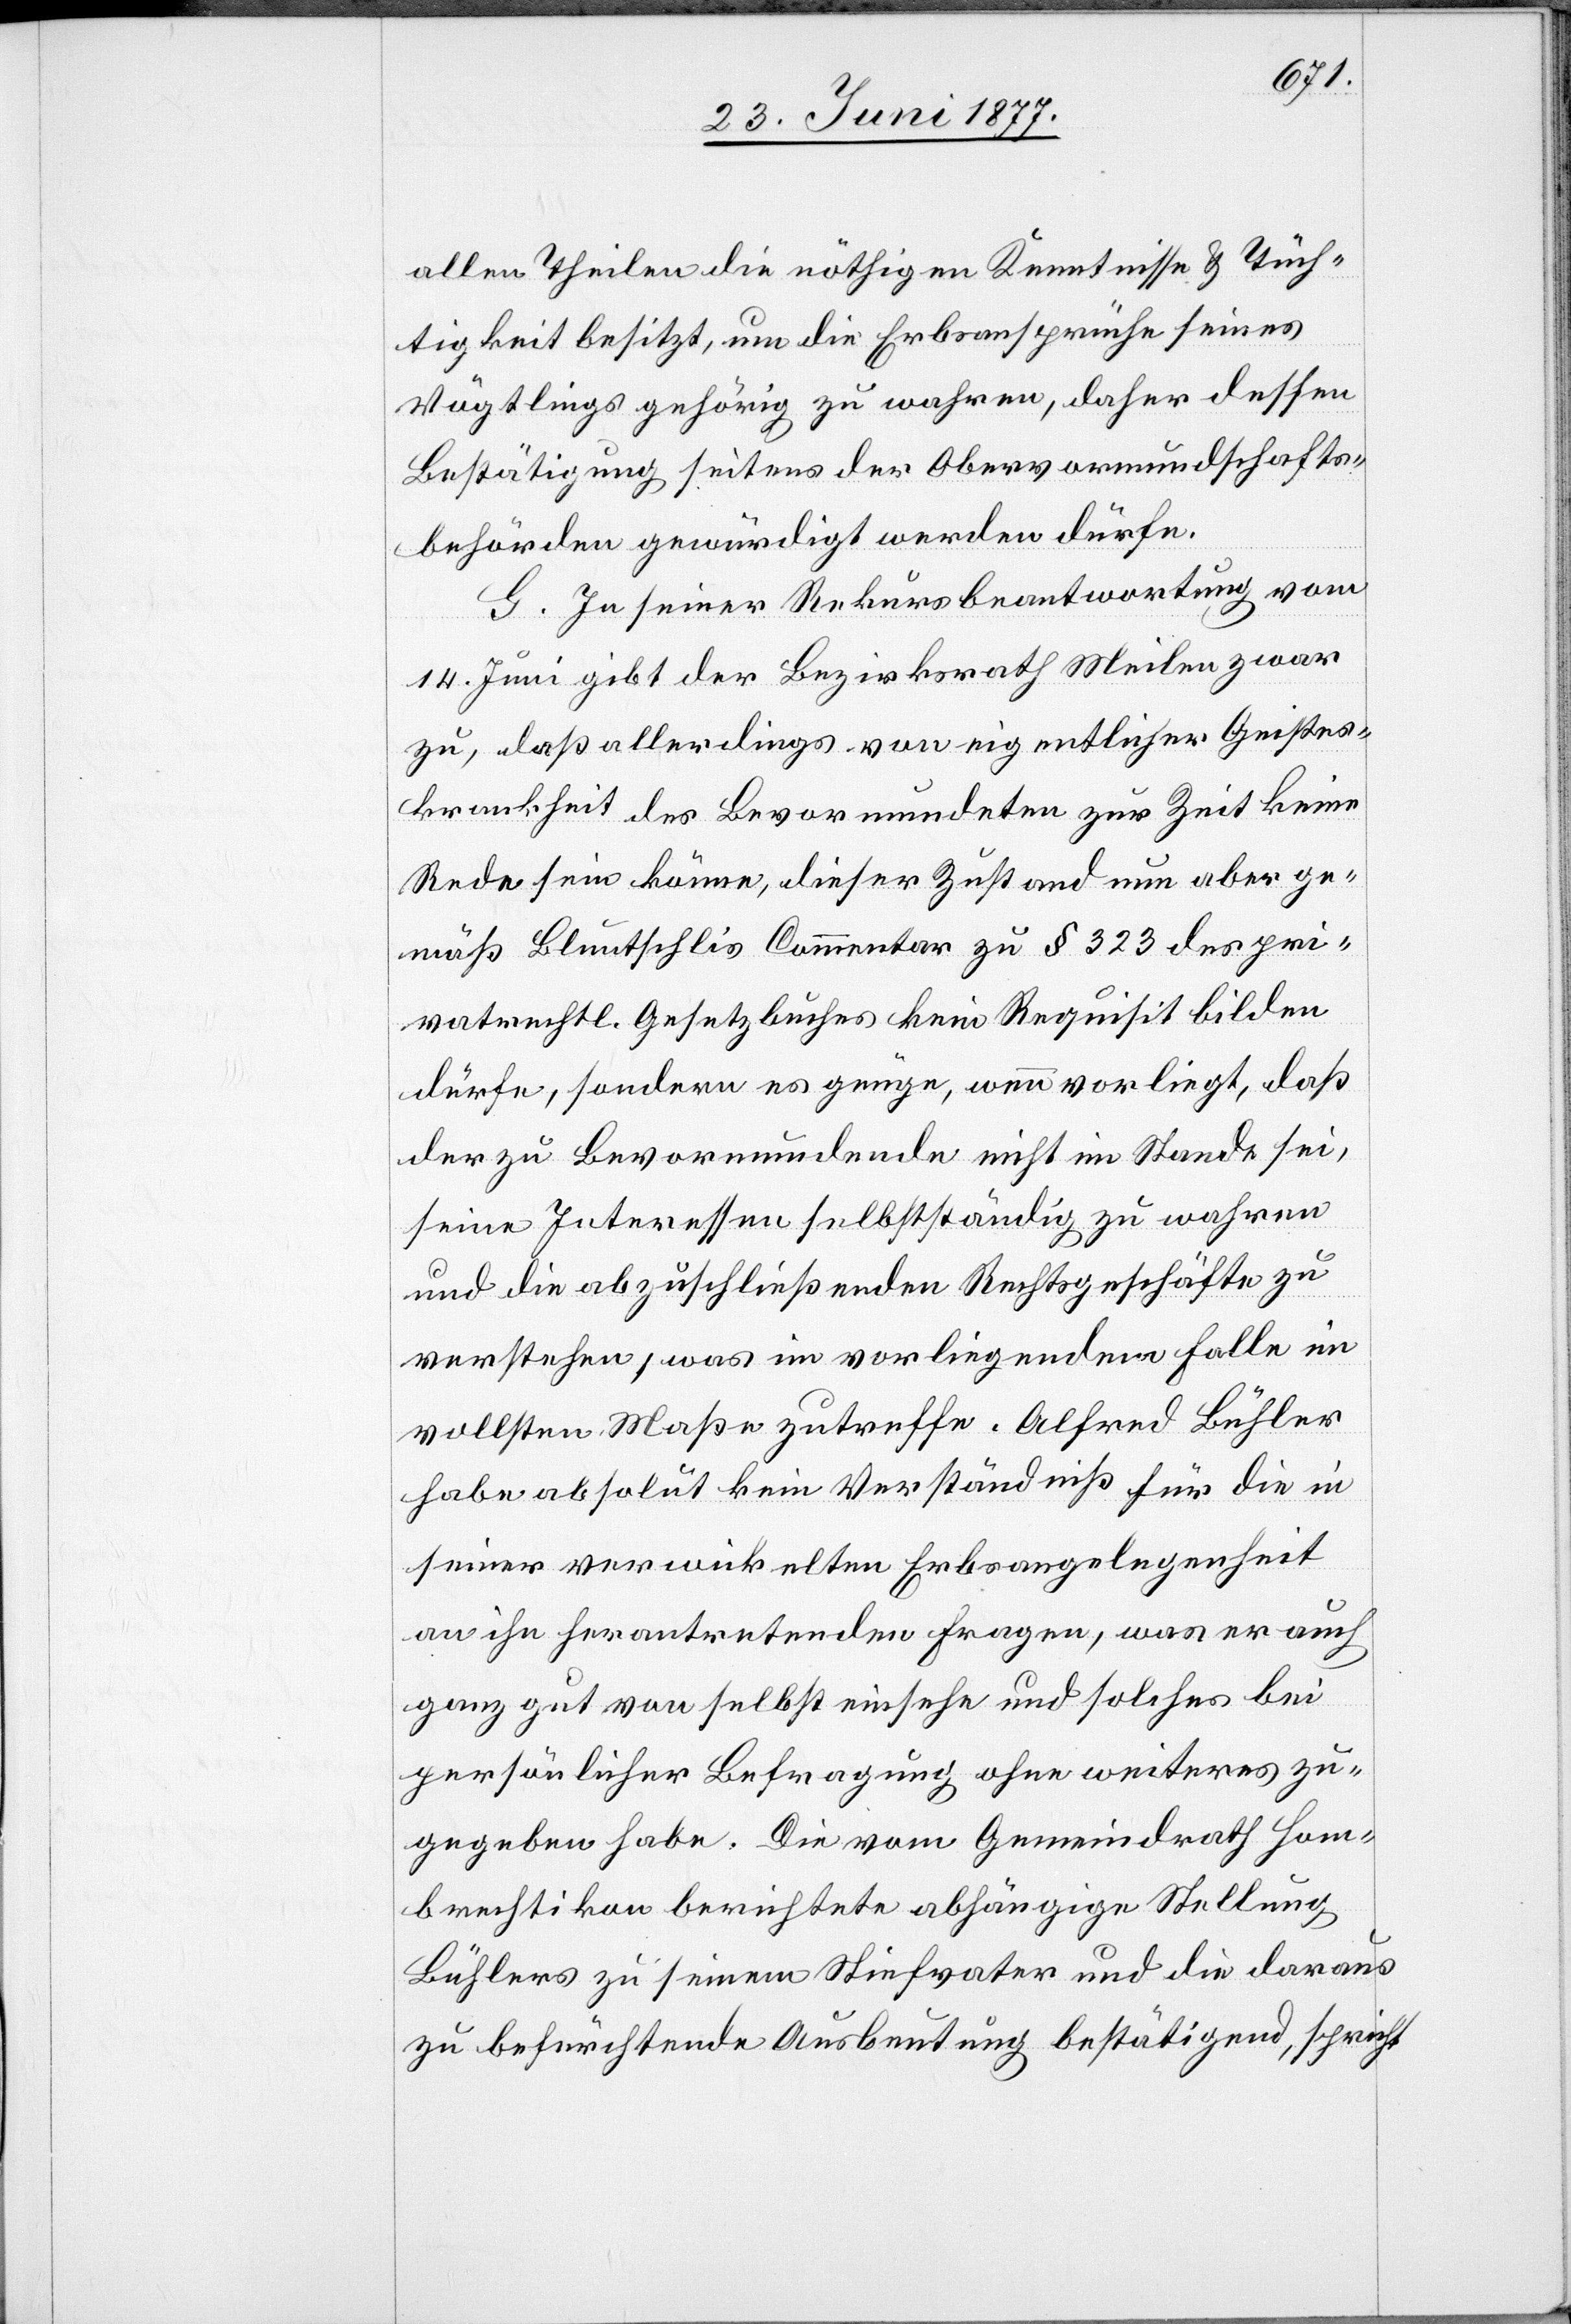
allen Theilen die nöthigen Kenntnisse & Tüch¬
tigkeit besitzt, um die Erbsansprüche seines
Vögtlings gehörig zu wahren, daher dessen
Bestätigung seitens der Obervormundschafts¬
behörden gewürdigt werden dürfe.
G. In seiner Rekursbeantwortung vom
14. Juni gibt der Bezirksrath Meilen zwar
zu, daß allerdings von eigentlicher Geistes¬
krankheit des Bevormundeten zur Zeit keine
Rede sein könne, dieser Zustand nun aber ge¬
mäß Bluntschlis Commentar zu § 323 des pri¬
vatrechtl. Gesetzbuches kein Requisit bilden
dürfe, sondern es genüge, wenn vorliegt, daß
der zu Bevormundende nicht im Stande sei,
seine Interessen selbstständig zu wahren
und die abzuschließenden Rechtsgeschäfte zu
verstehen, was im vorliegenden Falle im
vollsten Maße zutreffe. Alfred Bühler
habe absolut kein Verständniß für die in
seiner verwickelten Erbsangelegenheit
an ihn herantretenden Fragen, was er auch
ganz gut von selbst einsehe und solches bei
persönlicher Befragung ohne weiteres zu¬
gegeben habe. Die vom Gemeindrath Hom¬
brechtikon berichtete abhängige Stellung
Bühlers zu seinem Stiefvater und die daraus
zu befürchtende Ausbeutung bestätigend, spricht